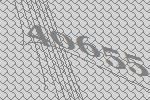
40655